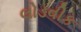
લોડવીક